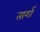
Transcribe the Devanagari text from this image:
तार्गा